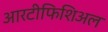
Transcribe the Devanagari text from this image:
आरटीफिशिअल